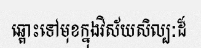
ឆ្ពោះទៅមុខក្នុងវិស័យសិល្បៈដ៏